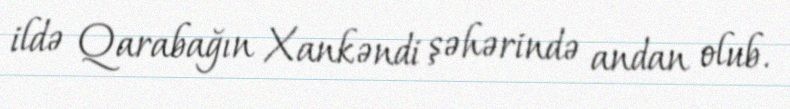
ildə Qarabağın Xankəndi şəhərində andan olub.